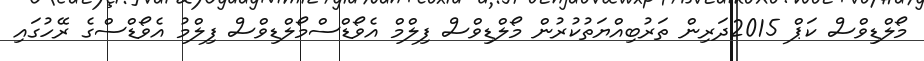
މޯލްޑިވްސް ކަޕް 2015ދަރިން ތަރުބިއްޔަތުކުރުން މޯލްޑިވްސް ފިލްމް އެވޯޑްސްމޯލްޑިވްސް ފިލްމު އެވޯޑްސްގެ ރޭހުގައި